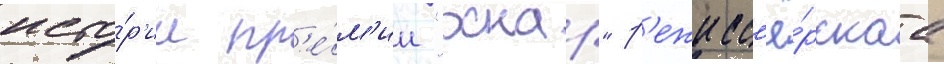
исто́р'ии пр'е́м'ии "оскар" р'ежисс'ё́рскаа